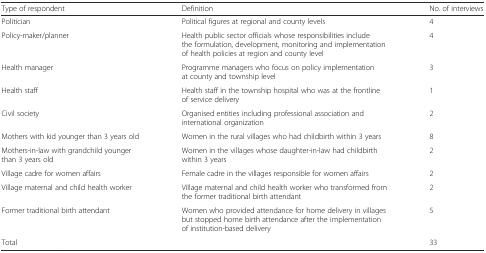
| Type of respondent | Definition | No. of interviews |
 | --- | --- | --- |
 | Politician | Political figures at regional and county levels | 4 |
 | Policy-maker/planner | Health public sector officials whose responsibilities include the formulation, development, monitoring and implementation of health policies at region and county level | 4 |
 | Health manager | Programme managers who focus on policy implementation at county and township level | 3 |
 | Health staff | Health staff in the township hospital who was at the frontline of service delivery | 1 |
 | Civil society | Organised entities including professional association and international organization | 2 |
 | Mothers with kid younger than 3 years old | Women in the rural villages who had childbirth within 3 years | 8 |
 | Mothers-in-law with grandchild younger than 3 years old | Women in the villages whose daughter-in-law had childbirth within 3 years | 2 |
 | Village cadre for women affairs | Female cadre in the villages responsible for women affairs | 2 |
 | Village maternal and child health worker | Village maternal and child health worker who transformed from the former traditional birth attendant | 2 |
 | Former traditional birth attendant | Women who provided attendance for home delivery in villages but stopped home birth attendance after the implementation of institution-based delivery | 5 |
 | Total |  | 33 |